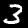
Digit: 3